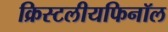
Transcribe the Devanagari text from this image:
क्रिस्टलीयफिनॉल